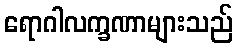
ရောဂါလက္ခဏာများသည်